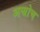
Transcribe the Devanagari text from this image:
अप्प्रोच